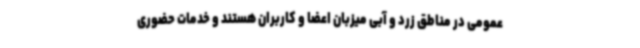
عمومی در مناطق زرد و آبی میزبان اعضا و کاربران هستند و خدمات حضوری